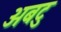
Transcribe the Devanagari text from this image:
अबटु